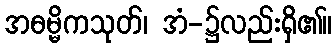
အဓမ္မိကသုတ်၊ အံ-၌လည်းရှိ၏။